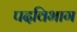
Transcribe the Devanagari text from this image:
पदविभाग